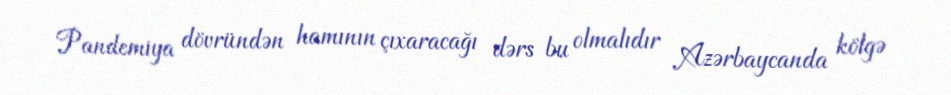
Pandemiya dövründən hamının çıxaracağı dərs bu olmalıdır Azərbaycanda kölgə